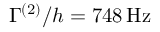
\Gamma ^ { ( 2 ) } / h = 7 4 8 \, \mathrm { { H z } }